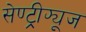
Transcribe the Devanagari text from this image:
सेण्ट्रीफ्यूज